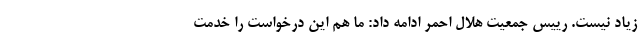
زیاد نیست. رییس جمعیت هلال احمر ادامه داد: ما هم این درخواست را خدمت